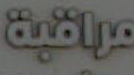
مراقبت